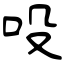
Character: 吺